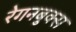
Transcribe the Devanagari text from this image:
रेगनबुक्स